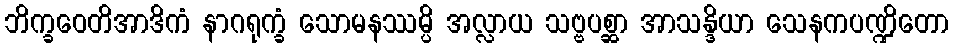
ဘိက္ခဝေတိအာဒိကံ နာဂရုက္ခံ သောမနဿမ္ပိ အလ္လာယ သဗ္ဗပစ္ဆာ အာသန္ဒိယာ သေနကပဏ္ဍိတော